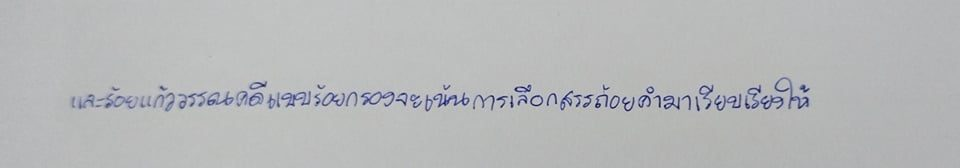
และร้อยแก้ววรรณคดีแบบร้อยกรองจะเน้นการเลือกสรรถ้อยคำมาเรียบเรียงให้สัมผัสคล้องจอง